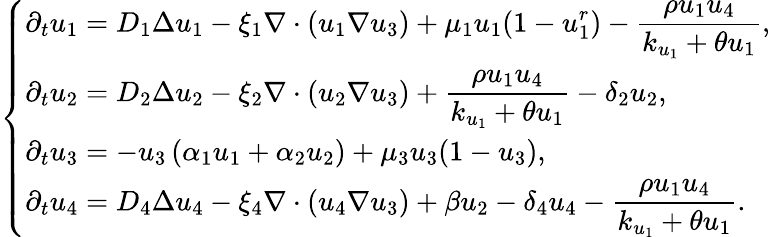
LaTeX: \left\{ \begin{array}{ll}{\displaystyle{\partial_{t}u_{1}=D_{1}\Delta u_{1}-\xi_{1}\nabla\cdot\left(u_{1}\nabla u_{3}\right)+\mu_{1}u_{1}(1-u_{1}^{r})-\frac{\rho u_{1}u_{4}}{k_{u_{1}}+\theta u_{1}}},}\\ {\displaystyle{\partial_{t}u_{2}=D_{2}\Delta u_{2}-\xi_{2}\nabla\cdot\left(u_{2}\nabla u_{3}\right)+\frac{\rho u_{1}u_{4}}{k_{u_{1}}+\theta u_{1}}-\delta_{2}u_{2},}}\\ {\displaystyle{\partial_{t}u_{3}=-u_{3}\left(\alpha_{1}u_{1}+\alpha_{2}u_{2}\right)+\mu_{3}u_{3}(1-u_{3}),}}\\ {\displaystyle{\partial_{t}u_{4}=D_{4}\Delta u_{4}-\xi_{4}\nabla\cdot\left(u_{4}\nabla u_{3}\right)+\beta u_{2}-\delta_{4}u_{4}-\frac{\rho u_{1}u_{4}}{k_{u_{1}}+\theta u_{1}}}.}\end{array}\right.